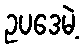
ဥပဒေမဲ့